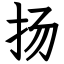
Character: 扬